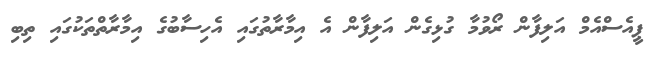
ޕީއެސްއެމް އަލިފާން ރޯވުމާ ގުޅިގެން އަލިފާން އެ އިމާރާތުގައި އެހިސާބުގެ އިމާރާތްތަކުގައި ތިބި